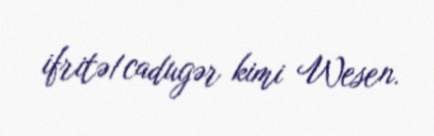
ifritə/cadugər kimi Wesen.